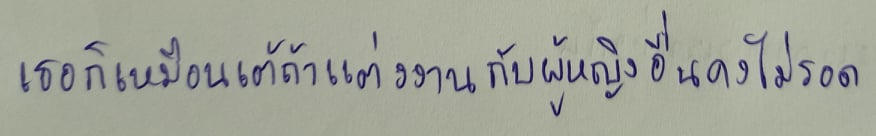
"เธอก็เหมือนเต้ถ้าแต่งงานกับผู้หญิงอื่นคงไม่รอด